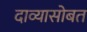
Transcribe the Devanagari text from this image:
दाव्यासोबत